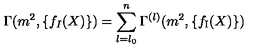
\Gamma ( m ^ { 2 } , \{ f _ { I } ( X ) \} ) = \sum _ { l = l _ { 0 } } ^ { n } \Gamma ^ { ( l ) } ( m ^ { 2 } , \{ f _ { \mathrm { \scriptsize { I } } } ( X ) \} )